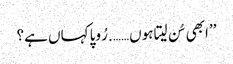
’’ابھی سُن لیتا ہوں……. رُوپا کہاں ہے؟